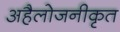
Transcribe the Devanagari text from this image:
अहैलोजनीकृत